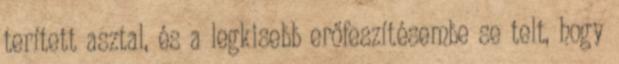
terített asztal, és a legkisebb erőfeszítésembe se telt, hogy